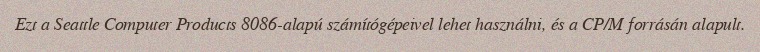
Ezt a Seattle Computer Products 8086-alapú számítógépeivel lehet használni, és a CP/M forrásán alapult.